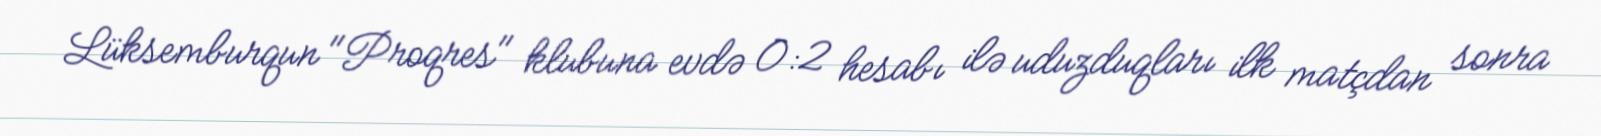
Lüksemburqun "Proqres" klubuna evdə 0:2 hesabı ilə uduzduqları ilk matçdan sonra